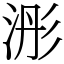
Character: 浵